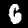
Digit: 6